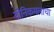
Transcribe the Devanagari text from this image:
योनिकमलाचा